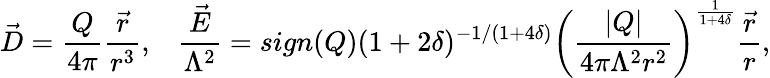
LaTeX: \vec{D}=\frac{Q}{4\pi}\frac{\vec{r}}{r^{3}},\; \; \; \frac{\vec{E}}{\Lambda^{2}}=sign(Q)(1+2\delta)^{-1/(1+4\delta)}\left(\frac{|Q|}{4\pi\Lambda^{2}r^{2}}\right)^{\frac{1}{1+4\delta}}\frac{\vec{r}}{r},